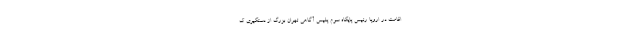
اقامت در اروپا رئیس پایگاه سوم پلیس آگاهی تهران بزرگ از دستگیری ک